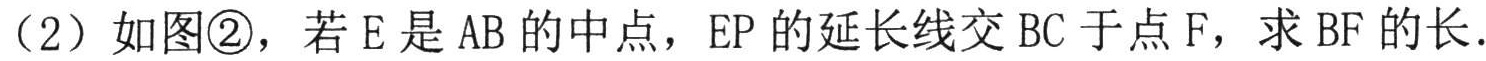
（2）如图\textcircled{2}，若 E 是 AB 的中点，EP 的延长线交 BC 于点 F，求 BF 的长．